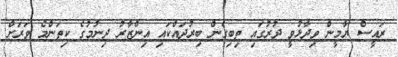
ރައީސް ޔާމީން ވިދާޅުވީ ދުރުގައި ތިބިގެން ބިރުދައްކައި އިންޒާރު ދިނުމުގެ ކިތަންމެ ވަރަށް